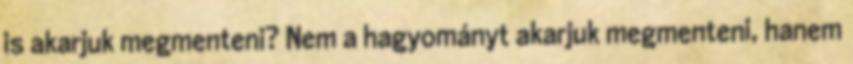
is akarjuk megmenteni? Nem a hagyományt akarjuk megmenteni, hanem